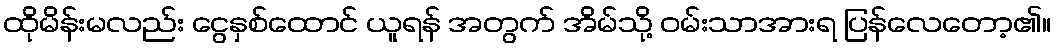
ထိုမိန်းမလည်း ငွေနှစ်ထောင် ယူရန် အတွက် အိမ်သို့ ဝမ်းသာအားရ ပြန်လေတော့၏။